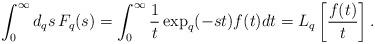
LaTeX: \begin{align*} \int_{0}^{\infty} d_{q} s \, F_{q}(s) = \int_{0}^{\infty} \frac{1}{t} \exp_{q}(-st) f(t) dt = L_{q} \left[ \frac{f(t)}{t} \right].\end{align*}